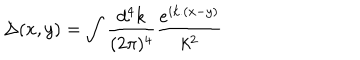
LaTeX: \Delta ( x , y ) = \int \frac { d ^ { 4 } k } { ( 2 \pi ) ^ { 4 } } \frac { e ^ { i k . ( x - y ) } } { k ^ { 2 } }